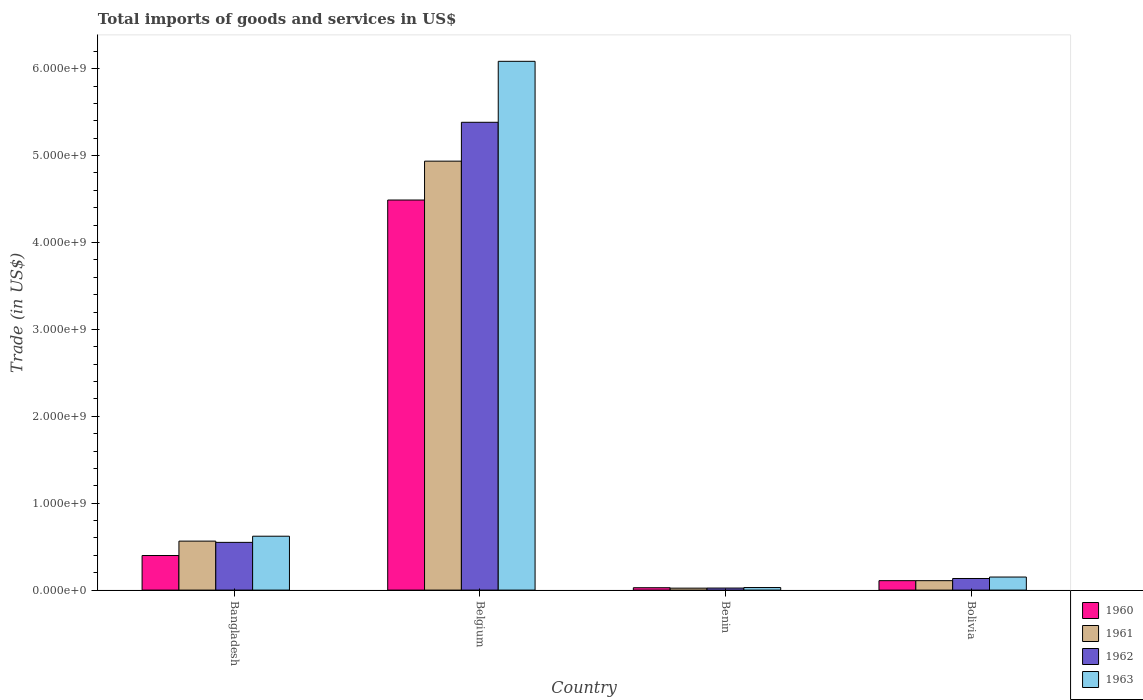
| Country | 1960 | 1961 | 1962 | 1963 |
 | --- | --- | --- | --- | --- |
 | Bangladesh | 3.98e+08 | 5.64e+08 | 5.49e+08 | 6.2e+08 |
 | Belgium | 4.49e+09 | 4.94e+09 | 5.38e+09 | 6.08e+09 |
 | Benin | 2.74e+07 | 2.25e+07 | 2.35e+07 | 2.95e+07 |
 | Bolivia | 1.09e+08 | 1.09e+08 | 1.34e+08 | 1.5e+08 |